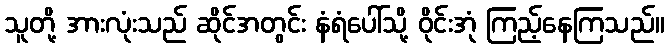
သူတို့ အားလုံးသည် ဆိုင်အတွင်း နံရံပေါ်သို့ ဝိုင်းအုံ ကြည့်နေကြသည်။